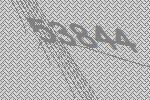
53844